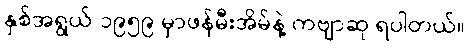
နှစ်အရွယ် ၁၉၅၉ မှာဖန်မီးအိမ်နဲ့ ကဗျာဆု ရပါတယ်။